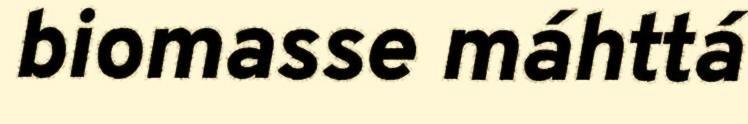
biomasse máhttá